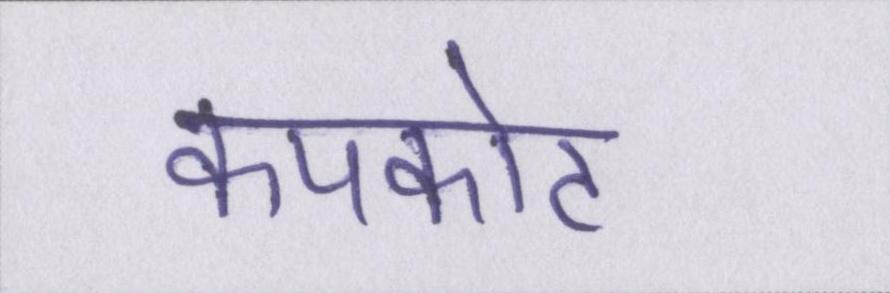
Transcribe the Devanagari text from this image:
कपकोट